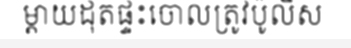
ម្តាយដុតផ្ទះចោលត្រូវប៉ូលិស